Source: Handwritten
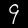
Digit: ၄ (4)